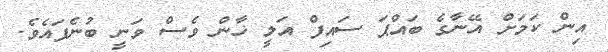
އިން ކަމަށް އޭނާގެ ބައްޕަ ސައިފް އަލީ ޚާން ވެސް ވަނީ ބުނެފައެވެ.